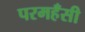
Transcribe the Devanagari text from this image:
परमहँसी